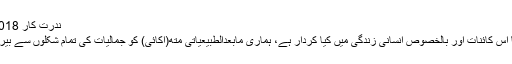
ندرت کار 22/04/2018
جمالیات کا اس کائنات اور بالخصوص انسانی زندگی میں کیا کردار ہے، ہماری مابعدالطبیعیاتی مِتھۤ(اکائی) کو جمالیات کی تمام شکلوں سے بیر کیوں ہے؟